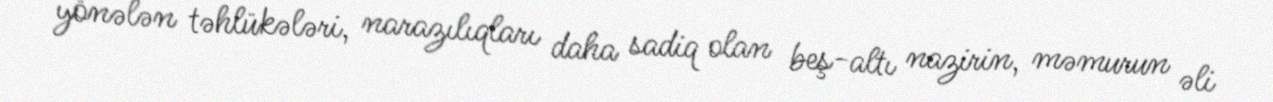
yönələn təhlükələri, narazılıqları daha sadiq olan beş-altı nazirin, məmurun əli